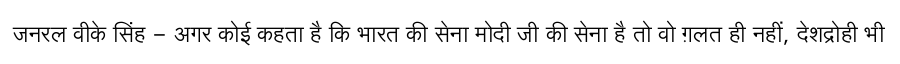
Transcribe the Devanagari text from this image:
जनरल वीके सिंह - अगर कोई कहता है कि भारत की सेना मोदी जी की सेना है तो वो ग़लत ही नहीं, देशद्रोही भी